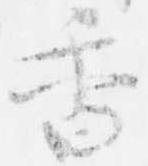
香